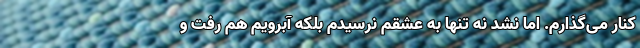
کنار می‌گذارم. اما نشد نه تنها به عشقم نرسیدم بلکه آبرویم هم رفت و